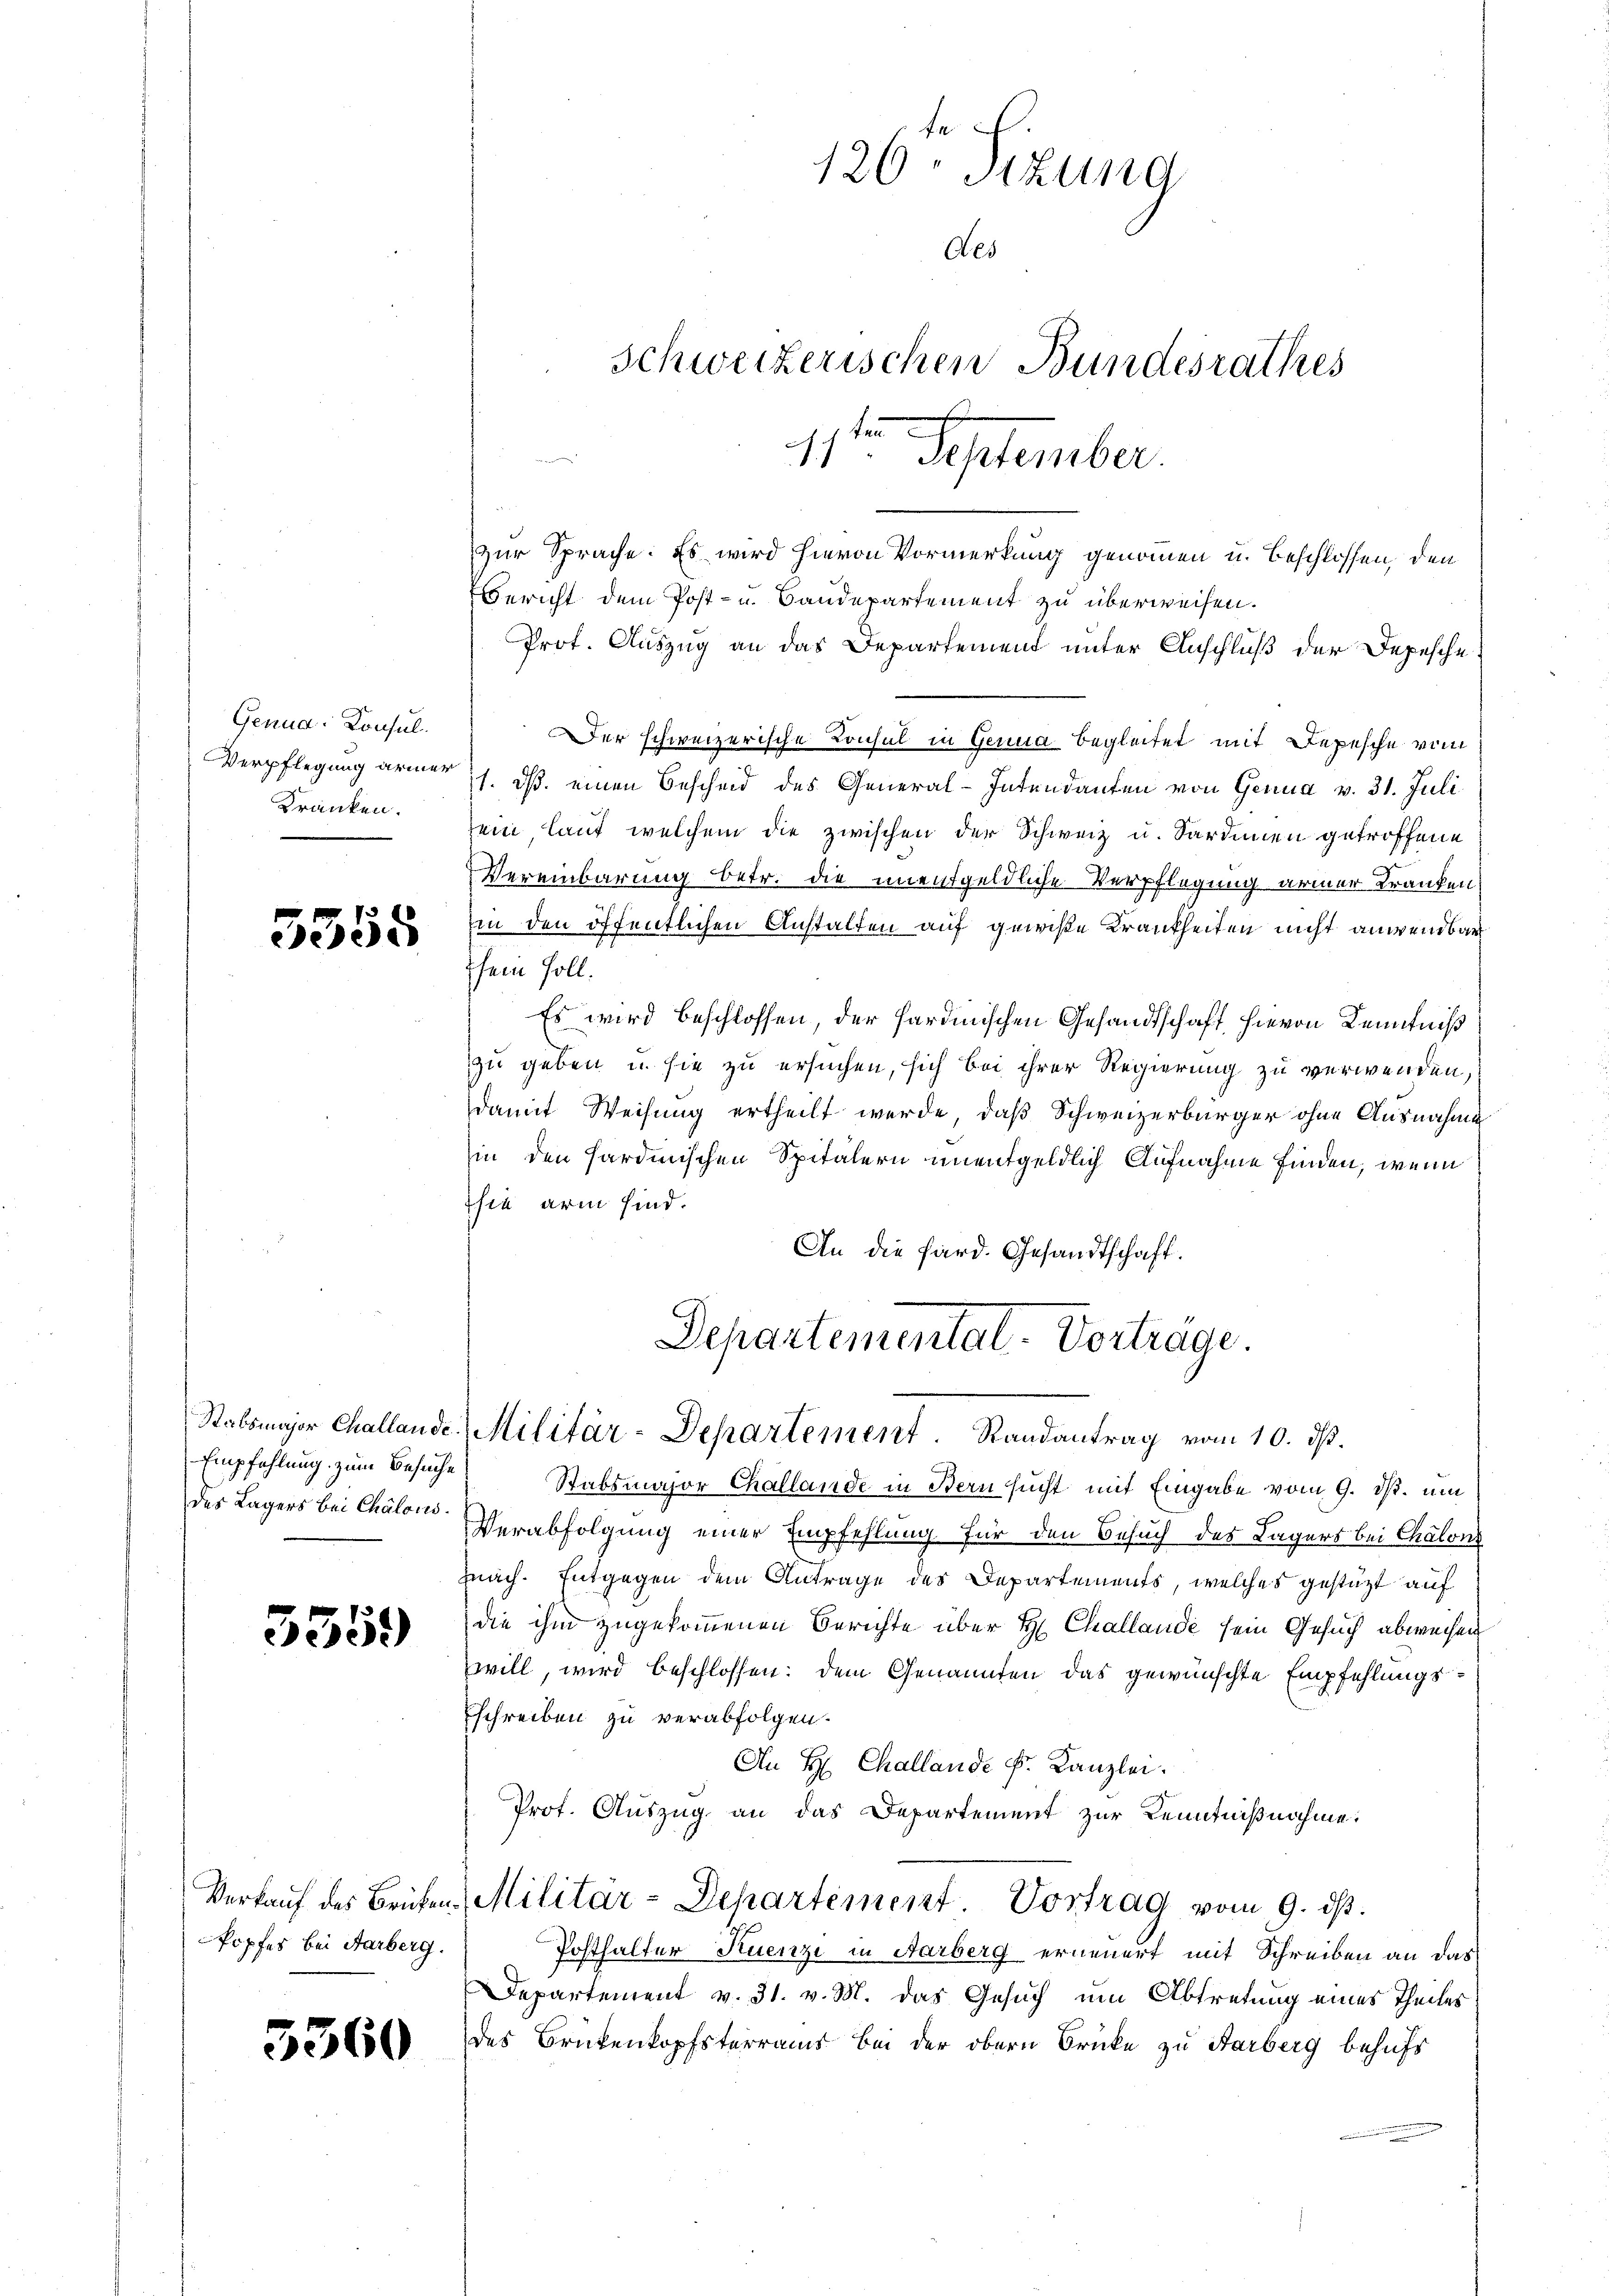
Genua, Konsul
Verpflegung armer
Kranken.

5355

Empfehlung zum Besuche

3359)

kopfes bei Aarberg.

3560

zur Sprache. Es wird hievon Vormerkung genommen u. beschlossen, den
Bericht dem Post- u. Bandepartement zu überweisen.
Prot. Auszug an das Departement unter Anschluß der Depesche
Der schweizerische Konsul in Genua begleitet mit Depesche vom
1. ds. einen Bescheid des General-Intendanten von Genua v. 31. Juli
sein, lauf welchem die zwischen der Schweiz u. Sardinien getroffene
Vereinbarung betr. die unentgeldliche Verpflegung armer Kranken
in den öffentlichen Anstalten auf gewiße Krankheiten nicht anwendbar
sein soll.
Es wird beschlossen, der sardinischen Gesandtschaft hievon Kenntniß
zu geben u. sie zu ersuchen, sich bei ihrer Regierung zu verwenden,
damit Weisung ertheilt werde, daß Schweizerbürger ohne Ausnahme
in den sardinischen Spitälern unentgeldlich Aufnahme finden, wenn
hie arm sind.
An die Sard. Gesandtschaft.

126. Sizung
Aes
Schweizerischen Bundesrathes
11ten September.

Departementat-Vorträge.
Stabsmajor Challande. Militär-Departement. Randantrag vom 10. d.

Stabsmajor Challande in Bern sucht mit Eingabe vom 9. ds. um
des Lagers bei Chalen Verabfolgung einer Empfehlung für den Besuch des Lagers bei Chalon
znach. Entgegen dem Antrage des Departements, welches gestützt auf
die ihm zugekommenen Berichte über H. Challaude sein Gesuch abweisen
zwill, wird beschlossen: dem Genannten das gewünschte Empfehlungsschreiben zu verabfolgen.
An H. Challande Fr. Kanzlei.
Prof. Auszug an das Departement zur Kenntnißnahme:
Verkauf des Brüfen, Militär-Departement. Vortrag vom 9. ds.
Posthalter Kuenzi in Aarberg erneuert mit Schreiben an das
Departement v. 31. v. M. das Gesuch um Abtretung eines Theiles
des Brückenkopfsterraus bei der obern Brücke zu Harberg behufs